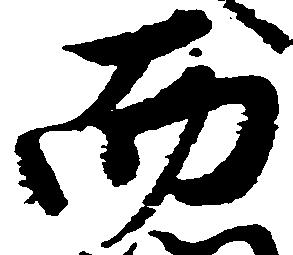
而